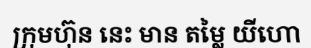
ក្រុមហ៊ុន នេះ មាន តម្លៃ យីហោ